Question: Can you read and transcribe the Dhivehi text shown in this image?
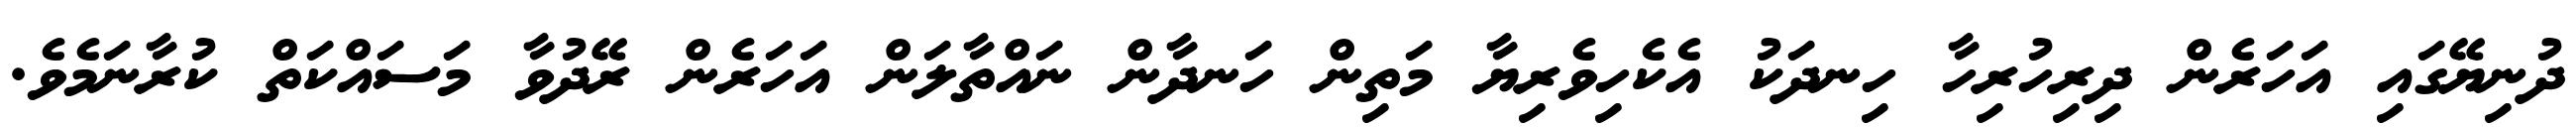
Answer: ދުނިޔޭގައި އަހަރެން ދިރިހުރިހާ ހިނދަކު އެކެހިވެރިޔާ މަތިން ހަނދާން ނައްތާލަން އަހަރެން ރޭދުވާ މަސައްކަތް ކުރާނަމެވެ.